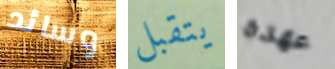
وسائد يتقبل عهده